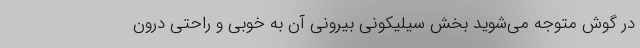
در گو‌ش متوجه می‌شوید بخش سیلیکونی بیرونی آن به خوبی و راحتی درون